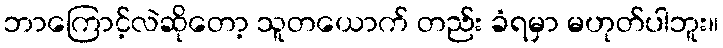
ဘာကြောင့်လဲဆိုတော့ သူတယောက် တည်း ခံရမှာ မဟုတ်ပါဘူး။